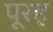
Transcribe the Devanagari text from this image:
पूरह